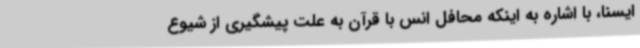
ایسنا، با اشاره به اینکه محافل انس با قرآن به علت پیشگیری از شیوع